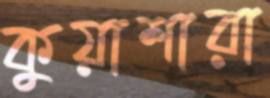
কুয়াশারা